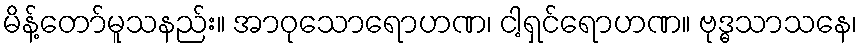
မိန့်တော်မူသနည်း။ အာဝုသောရောဟဏ၊ ငါ့ရှင်ရောဟဏ။ ဗုဒ္ဓသာသနေ၊